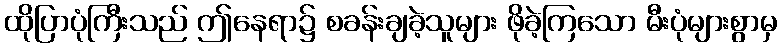
ထိုပြာပုံကြီးသည် ဤနေရာ၌ စခန်းချခဲ့သူများ ဖိုခဲ့ကြသော မီးပုံများစွာမှ